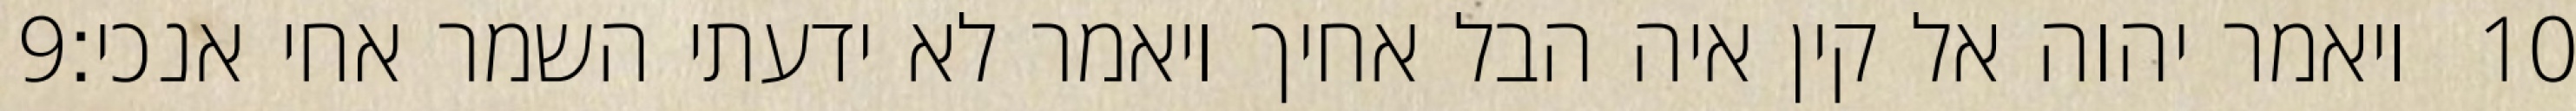
‎9‏ ויאמר יהוה אל קין איה הבל אחיך ויאמר לא ידעתי השמר אחי אנכי׃ ‎10‏